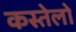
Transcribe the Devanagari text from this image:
कस्तेलो